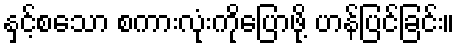
နှင့်စသော စကားလုံးကိုပြောဖို့ ဟန်ပြင်ခြင်း။